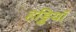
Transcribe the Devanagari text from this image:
हड्डियॉ